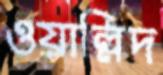
ওয়াল্লিদ